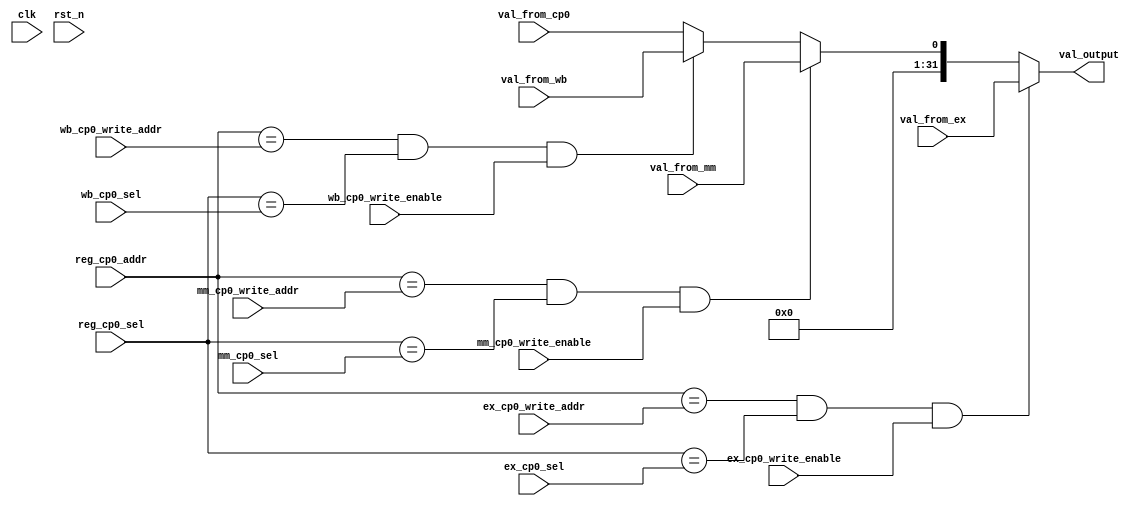
/*-----------------------------------------------------
 File Name : cp0_reg_bypass_mux.v
 Purpose : bypass value for regs in cp0
 Creation Date : 29-10-2016
 Last Modified : Wed Nov 16 19:45:35 2016
 Created By : Jeasine Ma [jeasinema[at]gmail[dot]com]
-----------------------------------------------------*/
`ifndef __CP0_REG_BYPASS_MUX_V__
`define __CP0_REG_BYPASS_MUX_V__

`timescale 1ns/1ns

module cp0_reg_bypass_mux(/*autoarg*/
    //Inputs
    clk, rst_n, reg_cp0_addr, reg_cp0_sel,
    val_from_cp0, ex_cp0_write_enable, ex_cp0_write_addr,
    ex_cp0_sel, val_from_ex, mm_cp0_write_enable,
    mm_cp0_write_addr, mm_cp0_sel, val_from_mm,
    wb_cp0_write_enable, wb_cp0_write_addr,
    wb_cp0_sel, val_from_wb,

    //Outputs
    val_output
);

    input wire clk;
    input wire rst_n;

    input wire[4:0] reg_cp0_addr;
    input wire[2:0] reg_cp0_sel;

    input wire val_from_cp0;

    input wire ex_cp0_write_enable;
    input wire[4:0] ex_cp0_write_addr;
    input wire[2:0] ex_cp0_sel;
    input wire[31:0] val_from_ex;

    input wire mm_cp0_write_enable;
    input wire mm_cp0_write_addr;
    input wire mm_cp0_sel;
    input wire val_from_mm;

    input wire wb_cp0_write_enable;
    input wire wb_cp0_write_addr;
    input wire wb_cp0_sel;
    input wire val_from_wb;

    output reg[31:0] val_output;

    always @(*)
    begin
        if (reg_cp0_addr == ex_cp0_write_addr && reg_cp0_sel == ex_cp0_sel && ex_cp0_write_enable == 1'b1)
            val_output <= val_from_ex;
        else if (reg_cp0_addr == mm_cp0_write_addr && reg_cp0_sel == mm_cp0_sel && mm_cp0_write_enable == 1'b1)
            val_output <= val_from_mm;
        else if (reg_cp0_addr == wb_cp0_write_addr && reg_cp0_sel == wb_cp0_sel && wb_cp0_write_enable == 1'b1)
            val_output <= val_from_wb;
        else
            val_output <= val_from_cp0;
    end

endmodule

`endif